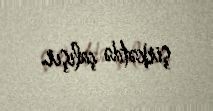
şirkətdə çalışır.